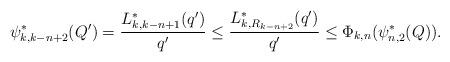
LaTeX: \begin{align*} \psi_{k,k-n+2}^{\ast}(Q^{\prime})=\frac{L_{k,k-n+1}^{\ast}(q^{\prime})}{q^{\prime}}\leq \frac{L_{k,R_{k-n+2}}^{\ast}(q^{\prime})}{q^{\prime} } \leq \Phi_{k,n}(\psi_{n,2}^{\ast}(Q)).\end{align*}